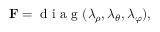
\mathbf { F } = \mathrm { ~ d ~ i ~ a ~ g ~ } ( \lambda _ { \rho } , \lambda _ { \theta } , \lambda _ { \varphi } ) ,